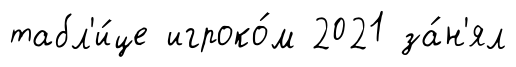
табл'и́це игроко́м 2021 за́н'ял